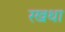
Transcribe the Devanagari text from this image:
रखथा